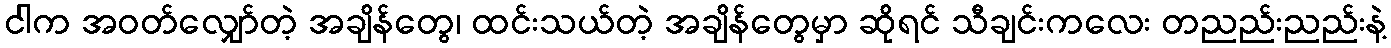
ငါက အဝတ်လျှော်တဲ့ အချိန်တွေ၊ ထင်းသယ်တဲ့ အချိန်တွေမှာ ဆိုရင် သီချင်းကလေး တညည်းညည်းနဲ့